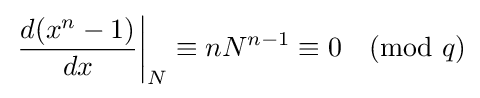
\left.{\frac {d(x^{n}-1)}{dx}}\right|_{N}\equiv nN^{n-1}\equiv 0{\pmod {q}}